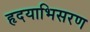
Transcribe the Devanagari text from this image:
हृदयाभिसरण